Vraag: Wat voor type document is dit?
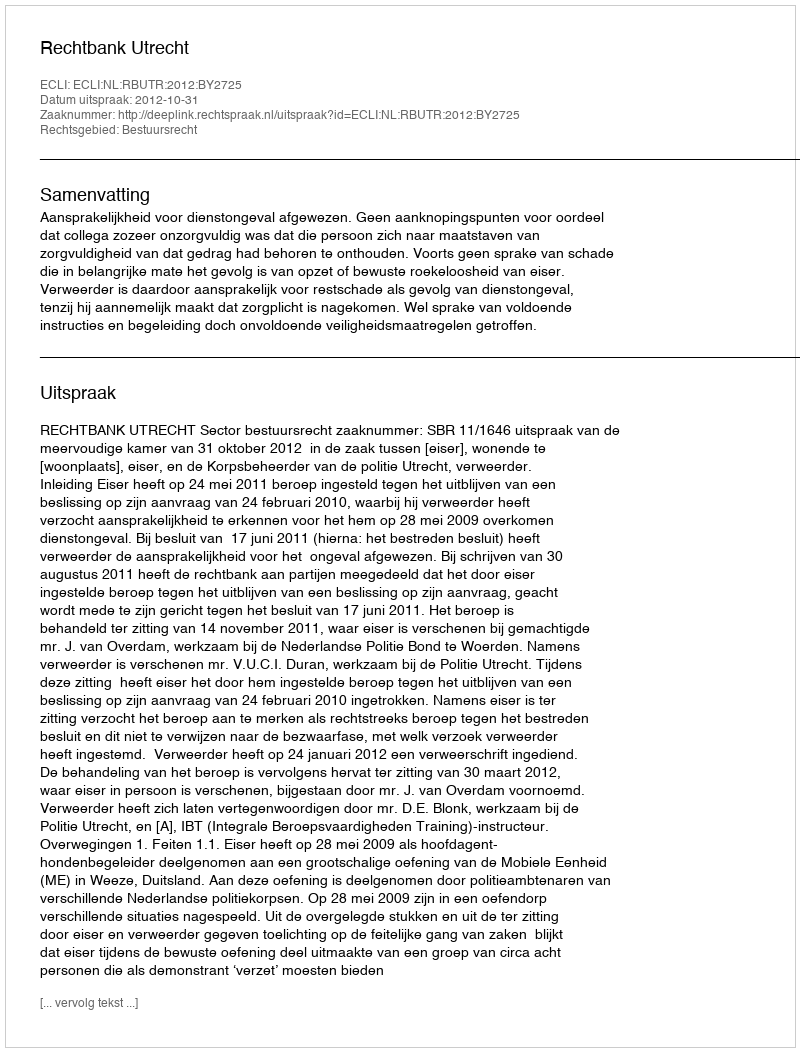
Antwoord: Uitspraak